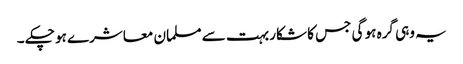
یہ وہی گرہ ہو گی جس کا شکار بہت سے مسلمان معاشرے ہو چکے ۔